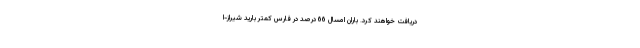
دریافت خواهند کرد. باران امسال 66 درصد در فارس کمتر بارید شیراز-ا